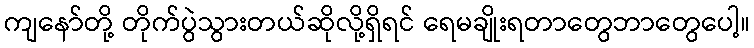
ကျနော်တို့ တိုက်ပွဲသွားတယ်ဆိုလို့ရှိရင် ရေမချိုးရတာတွေဘာတွေပေါ့။